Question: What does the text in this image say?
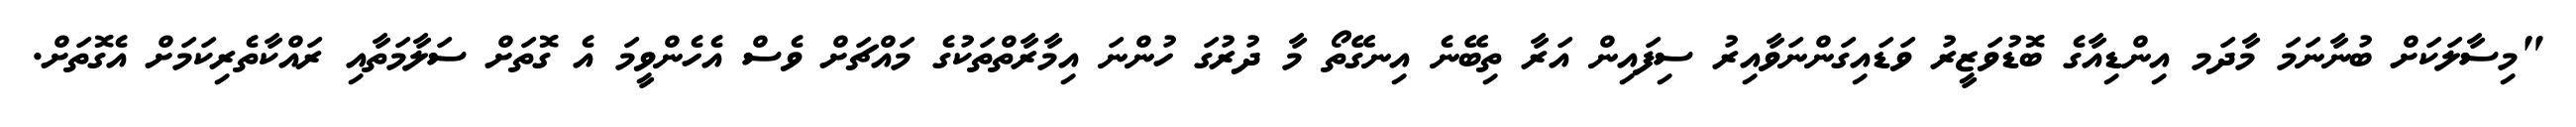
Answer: "މިސާލަކަށް ބުނާނަމަ މާދަމ އިންޑިއާގެ ބޮޑުވަޒީރު ވަޑައިގަންނަވާއިރު ސިފައިން އަރާ ތިބޭނެ އިނގޭތޯ މާ ދުރުގަ ހުންނަ އިމާރާތްތަކުގެ މައްޗަށް ވެސް އެހެންވީމަ އެ ގޮތަށް ސަލާމަތާއި ރައްކާތެރިކަމަށް އެގޮތަށް.